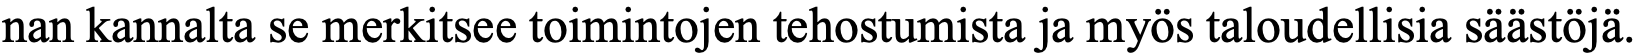
nan kannalta se merkitsee toimintojen tehostumista ja myös taloudellisia säästöjä.